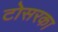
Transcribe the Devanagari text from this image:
टोसरका